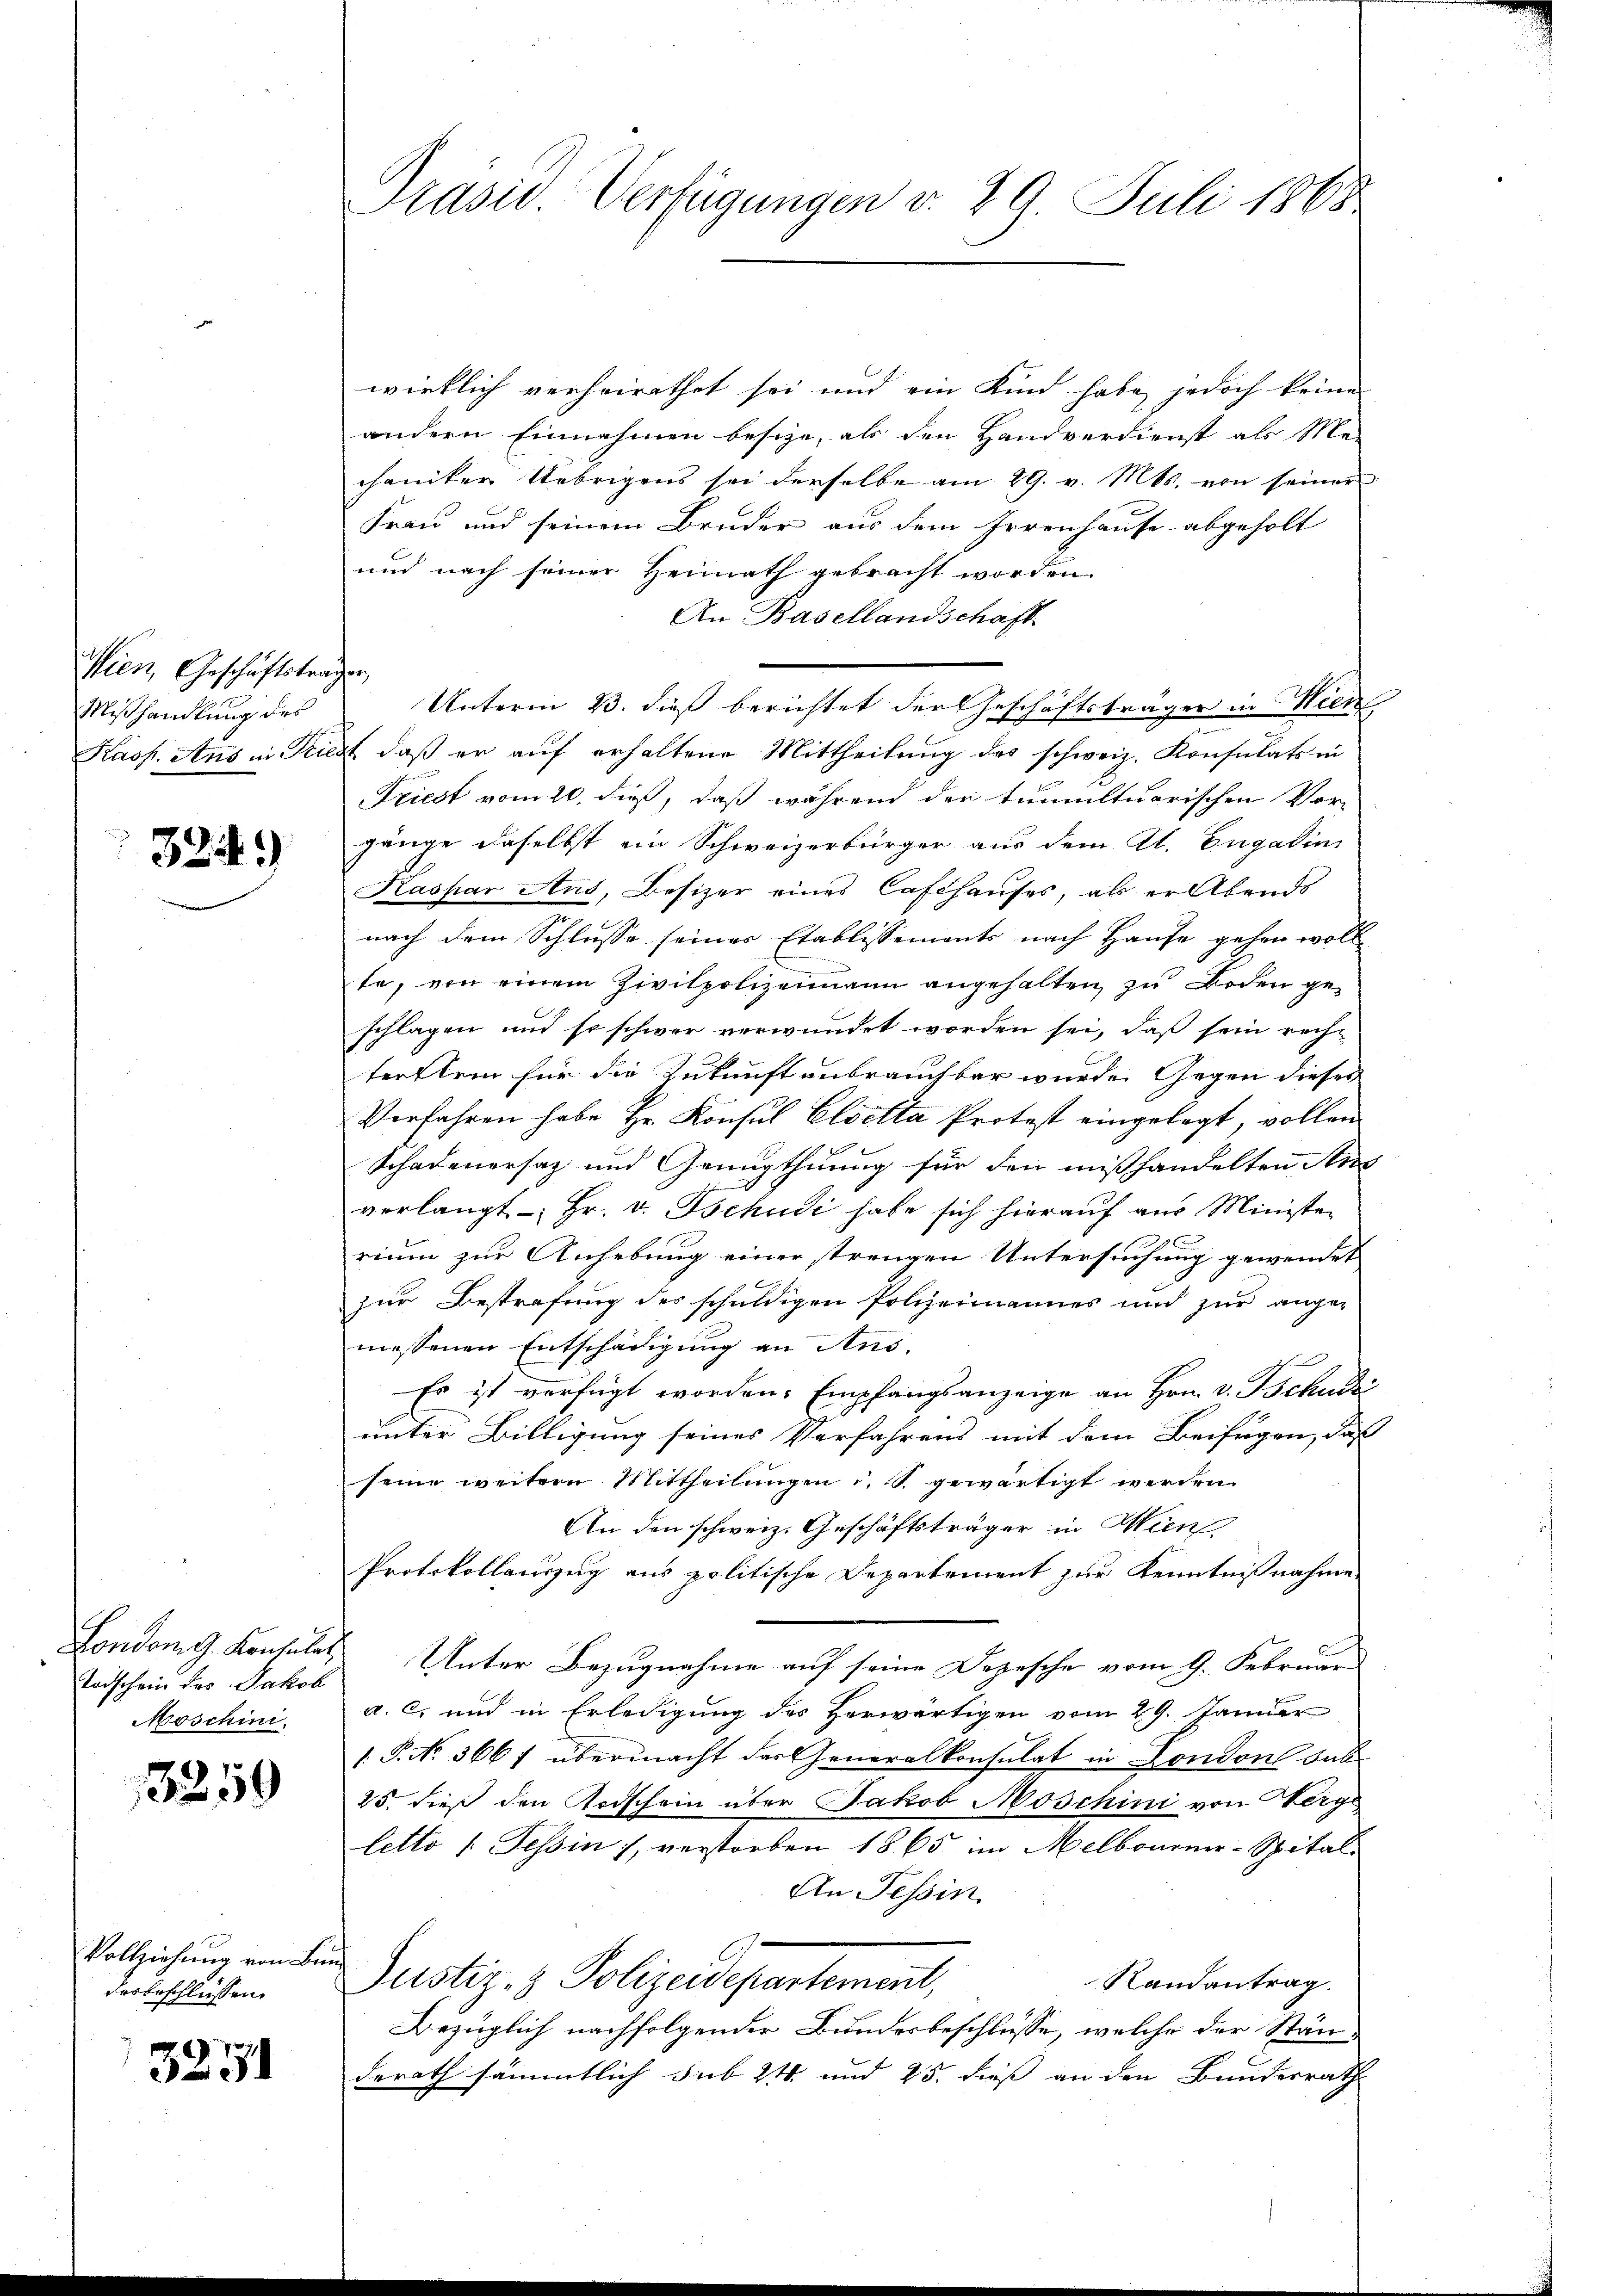
Vier, Geschäftsträgen
Mißhandlung des

323)

Todschein des Jakob
Moschini.

15259

Vollziehung von Bedesbeschlüssen.

3271

Präsid. Verfügungen v. 29. Juli 1868

wirklich verheirathet sei und ein Kind habe jedoch keine
andern Einnahmen besize, als den Handverdienst als Me-
chaniker Uebrigens sei derselbe am 29. v. Mts. von seiner
Frau und seinem Bruder aus dem Irrenhause abgeholt
und nach seiner Heimath gebracht worden.
An Basellandschaft
Kasp. Ans in Triest, daß er auf erhaltene Mittheilung des schweiz. Konsulats in
riest vom 20. du, daß während der tumultuarischen Vor-
gänge daselbst ein Schweizerbürger aus dem Al. Engadin
Kaspar Aus, Besizer eines Cafthauses, als er Abends
nach dem Schlusse seiner Etablissements nach Hause gehen woll
te, von einem Zivilpolizeimann angehalten zu Boden geschlagen und so schwer verwundet worden sei, daß sein rech-
terstein für die Zukunftenbrauchbar wurde. Gegen dieses
Verfahren habe Hr. Konsul Elsella Protest eingelegt, vollen
Schadenorsaz und Genugthuung für den mißhandelten Ans
verlangt Hr. v. Tschudi habe sich hierauf aus Minister
rium zur Anhebung einer strengen Untersuchung gewendet |
zur Bestrafung des schuldigen Polizeimannes und zur angemessenen Entschädigung an Ans
Es ist verfügt worden. Empfangsanzeige an Hrn. v. Tschudi
unter Billigung seines Verfahrens mit dem Beifügen, daß
seine weitern Mittheilungen u. s. gewärtigt werden
An den schweiz. Geschäftsträger in Wien
Protokollauszug aus politische Departement zur Kenntnißnahme
London G. Konsulat Unter Bezugnahme auf seine Depesche vom 9. Februar
a. c. und in Erledigung des Herwärtigen vom 29. Jänner
1.P. No. 3667 übermacht der Generalkonsulat in London sub
25. dieß den Todschein über Jakob Moschini von Werge
letto (Tessin, verstorben 1865 im Melbournir-Spital-
An Tessin
a
Justiz- & Polizeidepartement,
Randantrag.
Bezüglich nachfolgender Bundesbeschlüsse, welche der Stän-
derath sämmtlich sub 24 und 25. dieß an den Bundesrath

Unterm 23. dieß berichtet der Geschäftsträger in Wien